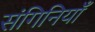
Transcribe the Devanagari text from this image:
संगिनियाँ